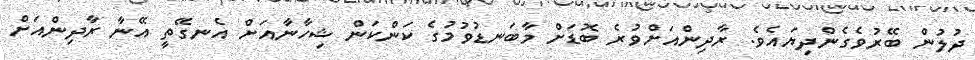
ދުލުން ބޭރުވެގެންދިޔައެވެ. ރާދިންއަށްވުރެ ބޮޑަށް މާބަނޑުވުމުގެ ކަންކަން ޝިހާނާއަށް އެނގޭތީ އޭނާ ރާދިންއަށް